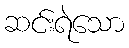
ဆင်းရဲသော